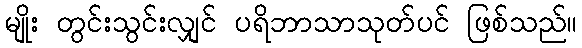
မျိုး တွင်းသွင်းလျှင် ပရိဘာသာသုတ်ပင် ဖြစ်သည်။